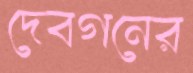
দেবগনের